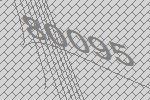
80095